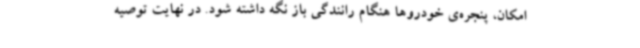
امکان، پنجره‌ی خودروها هنگام رانندگی باز نگه داشته شود. در نهایت توصیه